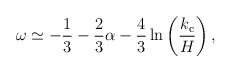
\begin{align*}\omega\simeq-\frac{1}{3}-\frac{2}{3}\alpha-\frac{4}{3} \ln\left(\frac{k_{\rm c}}{H}\right),\end{align*}